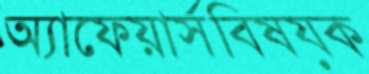
অ্যাফেয়ার্সবিষয়ক